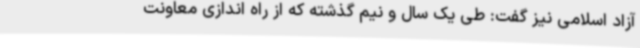
آزاد اسلامی نیز گفت: طی یک سال و نیم گذشته که از راه اندازی معاونت